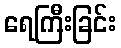
ရေကြီးခြင်း